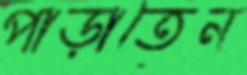
পাড়াতেন